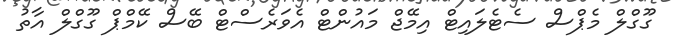
ގޫގްލް މެޕްސް ސެޓެލައިޓް އިމޭޖް މައުންޓް އެވަރެސްޓް ބޭސް ކޭމްޕް ގޫގްލް އާތު